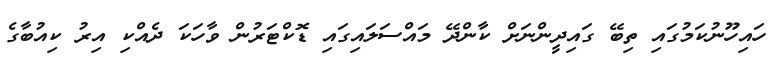
ހައިހޫނުކަމުގައި ތިބޭ ގައިދީންނަށް ކާންދޭ މައްސަލައިގައި ޑޮކްޓަރުން ވާހަކަ ދެއްކި އިރު ކިއުބާގެ